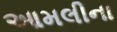
આમલીના